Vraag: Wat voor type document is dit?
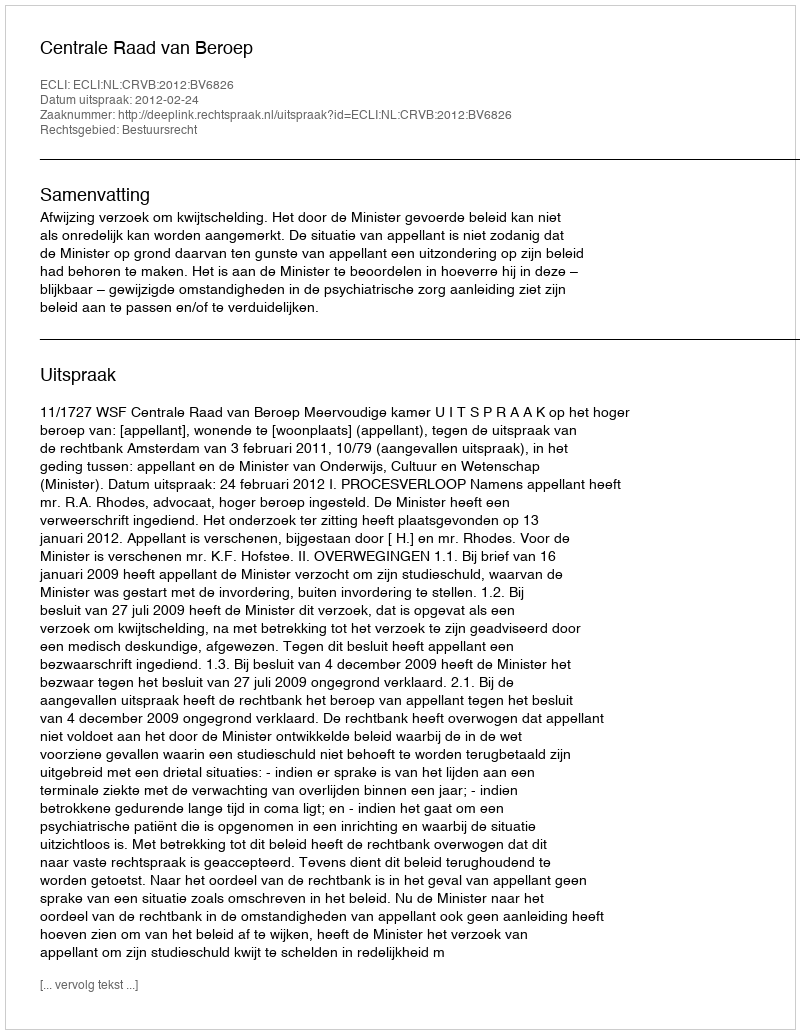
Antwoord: Uitspraak